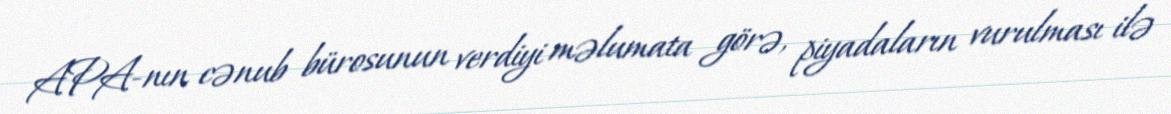
APA-nın cənub bürosunun verdiyi məlumata görə, piyadaların vurulması ilə